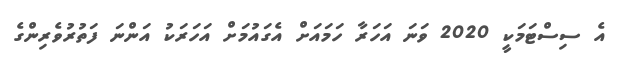
އެ ސިސްޓަމަކީ 2020 ވަނަ އަހަރާ ހަމައަށް އެގައުމަށް އަހަރަކު އަންނަ ފަތުރުވެރިންގެ